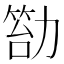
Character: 𠢙